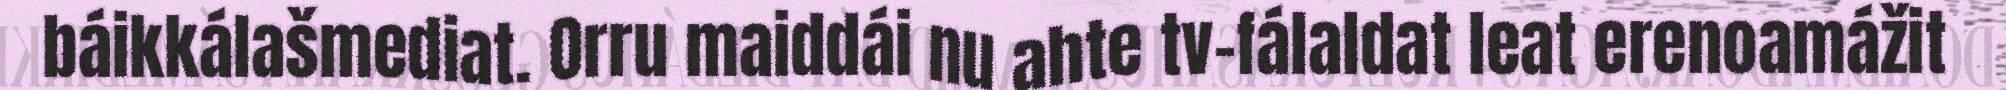
báikkálašmediat. Orru maiddái nu ahte tv-fálaldat leat erenoamážit